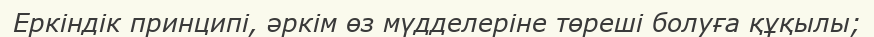
Еркіндік принципі, әркім өз мүдделеріне төреші болуға құқылы;